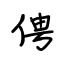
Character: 俜